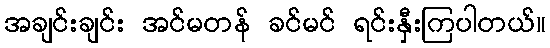
အချင်းချင်း အင်မတန် ခင်မင် ရင်းနှီးကြပါတယ်။